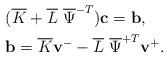
LaTeX: \begin{align*} &(\overline{K} + \overline{L} ~ \overline{\Psi}^{-T} )\mathbf{ c}=\mathbf{ b}, \\ ~~~~~~ &\mathbf{ b} = \overline{K}\mathbf{ v}^- - \overline{L} ~\overline{\Psi}^{+T}\mathbf{ v}^+. \end{align*}